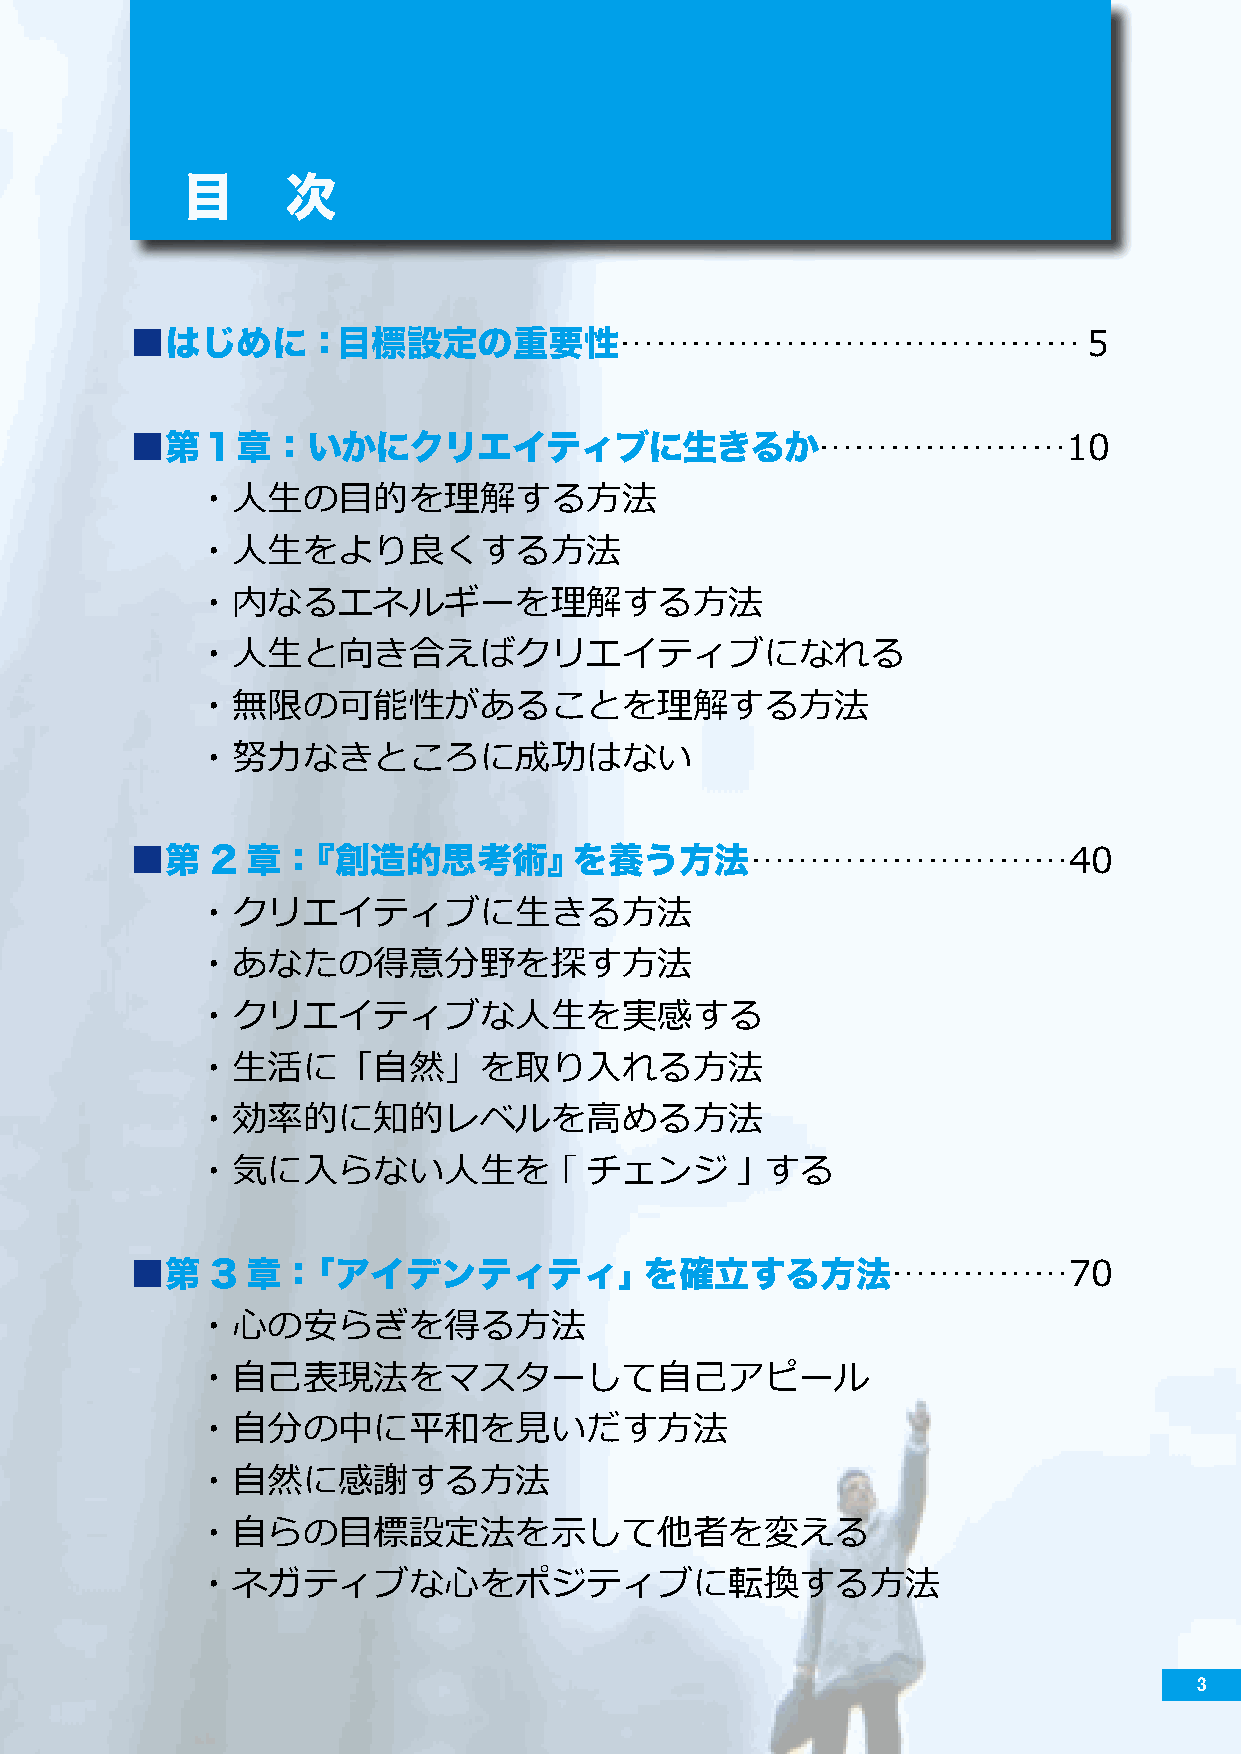
目      次
 ■はじめに：目標設定の重要性…………………………………５
 ■第１章：いかにクリエイティブに生きるか…………………10
 ・人生の目的を理解する方法
 ・人生をより良くする方法
 ・内なるエネルギーを理解する方法
 ・人生と向き合えばクリエイティブになれる
 ・無限の可能性があることを理解する方法
 ・努力なきところに成功はない
 ■第   2 章：『創造的思考術』を養う方法………………………40
 ・クリエイティブに生きる方法
 ・あなたの得意分野を探す方法
 ・クリエイティブな人生を実感する
 ・生活に「自然」を取り入れる方法
 ・効率的に知的レベルを高める方法
 ・気に入らない人生を              ｢ チェンジ      ｣ する
 ■第   3 章：「アイデンティティ」を確立する方法……………70
 ・心の安らぎを得る方法
 ・自己表現法をマスターして自己アピール
 ・自分の中に平和を見いだす方法
 ・自然に感謝する方法
 ・自らの目標設定法を示して他者を変える
 ・ネガティブな心をポジティブに転換する方法
 3